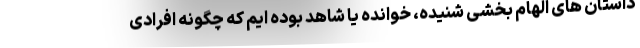
داستان های الهام بخشی شنیده، خوانده یا شاهد بوده ایم که چگونه افرادی